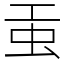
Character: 𧈫